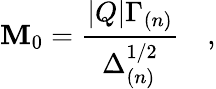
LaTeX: \mathbf{M}_{0}=\frac{{|Q|\Gamma_{(n)}}}{{\Delta_{(n)}^{1/2}}}\quad,